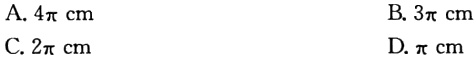
A. \(4\pi\ \text{cm}\)

B. \(3\pi\ \text{cm}\)

C. \(2\pi\ \text{cm}\)

D. \(\pi\ \text{cm}\)